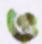
ও